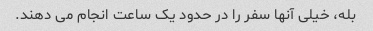
بله، خیلی آنها سفر را در حدود یک ساعت انجام می دهند.